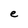
Character: e